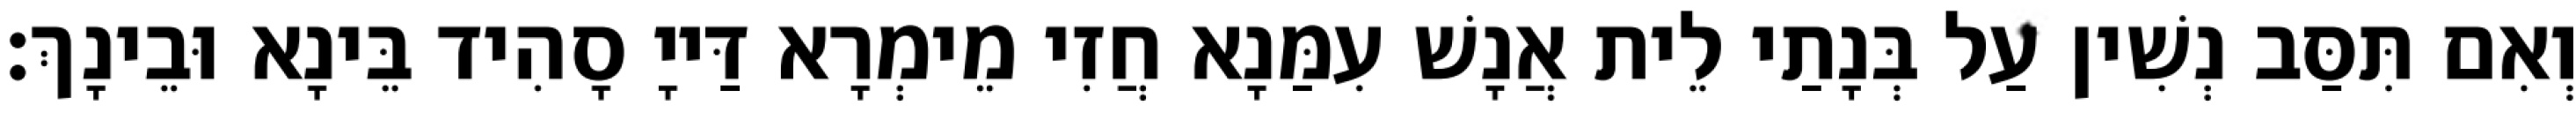
וְאִם תִּסַּב נְשִׁין עַל בְּנָתַי לֵית אֲנָשׁ עִמַּנָא חֲזִי מֵימְרָא דַּייָ סָהִיד בֵּינָא וּבֵינָךְ׃